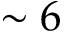
\sim 6